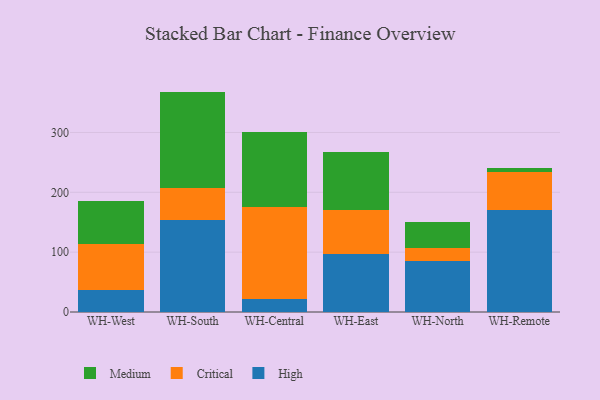
{"axis": {"x": "Warehouse", "y": "Latency (ms)"}, "legend": ["Critical", "High", "Medium"], "data": [{"x": "WH-West", "y": 37.6, "type": "High"}, {"x": "WH-West", "y": 76.6, "type": "Critical"}, {"x": "WH-West", "y": 71.4, "type": "Medium"}, {"x": "WH-South", "y": 154.4, "type": "High"}, {"x": "WH-South", "y": 53.5, "type": "Critical"}, {"x": "WH-South", "y": 160.4, "type": "Medium"}, {"x": "WH-Central", "y": 21.1, "type": "High"}, {"x": "WH-Central", "y": 154.4, "type": "Critical"}, {"x": "WH-Central", "y": 126.0, "type": "Medium"}, {"x": "WH-East", "y": 96.5, "type": "High"}, {"x": "WH-East", "y": 74.2, "type": "Critical"}, {"x": "WH-East", "y": 95.9, "type": "Medium"}, {"x": "WH-North", "y": 85.0, "type": "High"}, {"x": "WH-North", "y": 21.2, "type": "Critical"}, {"x": "WH-North", "y": 44.2, "type": "Medium"}, {"x": "WH-Remote", "y": 169.8, "type": "High"}, {"x": "WH-Remote", "y": 64.9, "type": "Critical"}, {"x": "WH-Remote", "y": 6.6, "type": "Medium"}]}